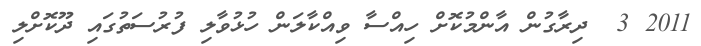
2011 3  ދިރާގުން އާންމުކޮށް ހިއްސާ ވިއްކާލަން ހުޅުވާލި ފުރުސަތުގައި ދޫކޮށްލި